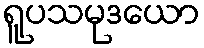
ရူပသမုဒယော